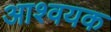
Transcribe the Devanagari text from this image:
आश्वयक